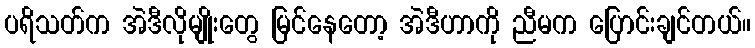
ပရိသတ်က အဲဒီလိုမျိုးတွေ မြင်နေတော့ အဲဒီဟာကို ညီမက ပြောင်းချင်တယ်။